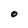
Character: O